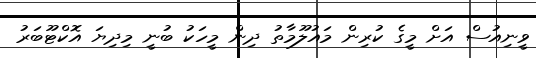
ވީނިއުސް އަށް މީގެ ކުރިން މައުލޫމާތު ދިން މީހަކު ބުނީ މިދިޔަ އޮކްޓޫބަރު